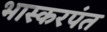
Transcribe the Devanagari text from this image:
भास्करपंत